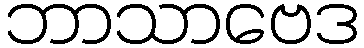
ဘာသာဗေဒ